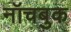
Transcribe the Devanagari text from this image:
नॉचबुक